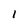
Character: I